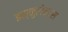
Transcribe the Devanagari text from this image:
इस्कुलेन्टस